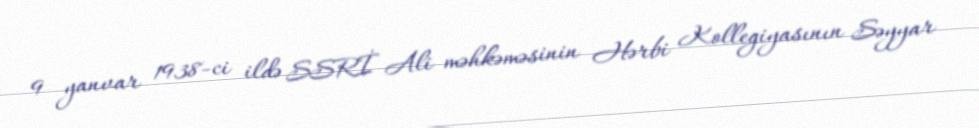
9 yanvar 1938-ci ildə SSRİ Ali məhkəməsinin Hərbi Kollegiyasının Səyyar